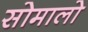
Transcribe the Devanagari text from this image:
सोमालो